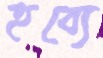
হব্যে